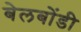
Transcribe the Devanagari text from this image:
बेलबोंडी